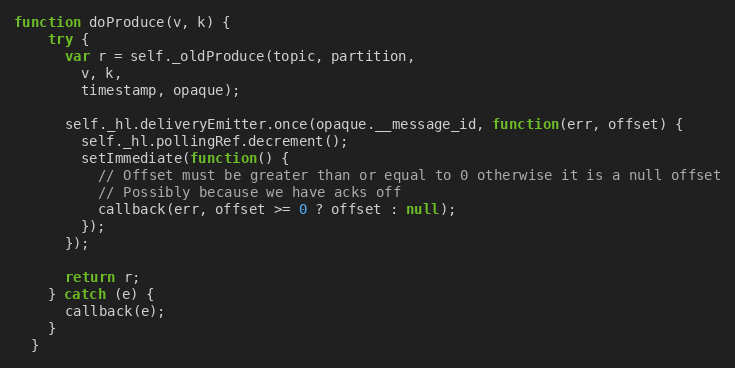
Language: JavaScript
function doProduce(v, k) {
    try {
      var r = self._oldProduce(topic, partition,
        v, k,
        timestamp, opaque);

      self._hl.deliveryEmitter.once(opaque.__message_id, function(err, offset) {
        self._hl.pollingRef.decrement();
        setImmediate(function() {
          // Offset must be greater than or equal to 0 otherwise it is a null offset
          // Possibly because we have acks off
          callback(err, offset >= 0 ? offset : null);
        });
      });

      return r;
    } catch (e) {
      callback(e);
    }
  }